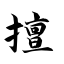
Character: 擅